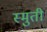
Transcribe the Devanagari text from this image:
स्मुती